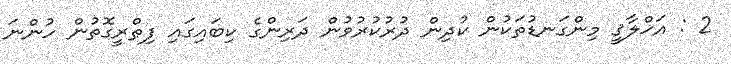
2 : އަޚްލާޤީ މިންގަނޑުތަކުން ކުދިން ދުރުކުރުވުން ދަރިންގެ ކިބައިގައި ފިޠްރީގޮތުން ހުންނަ